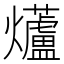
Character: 𭶨